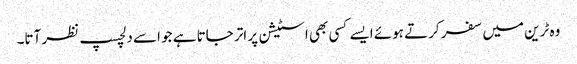
وہ ٹرین میں سفر کرتے ہوئے ایسے کسی بھی اسٹیشن پر اتر جاتا ہے جو اسے دلچسپ نظر آتا۔